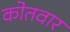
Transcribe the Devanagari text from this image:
कोतवार